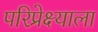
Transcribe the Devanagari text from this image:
परिप्रेक्ष्याला